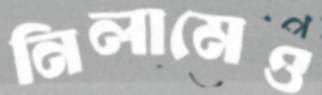
নিলামেও